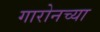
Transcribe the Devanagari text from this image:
गारोनच्या